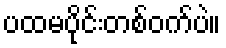
ပထမပိုင်းတစ်ဝက်ပဲ။